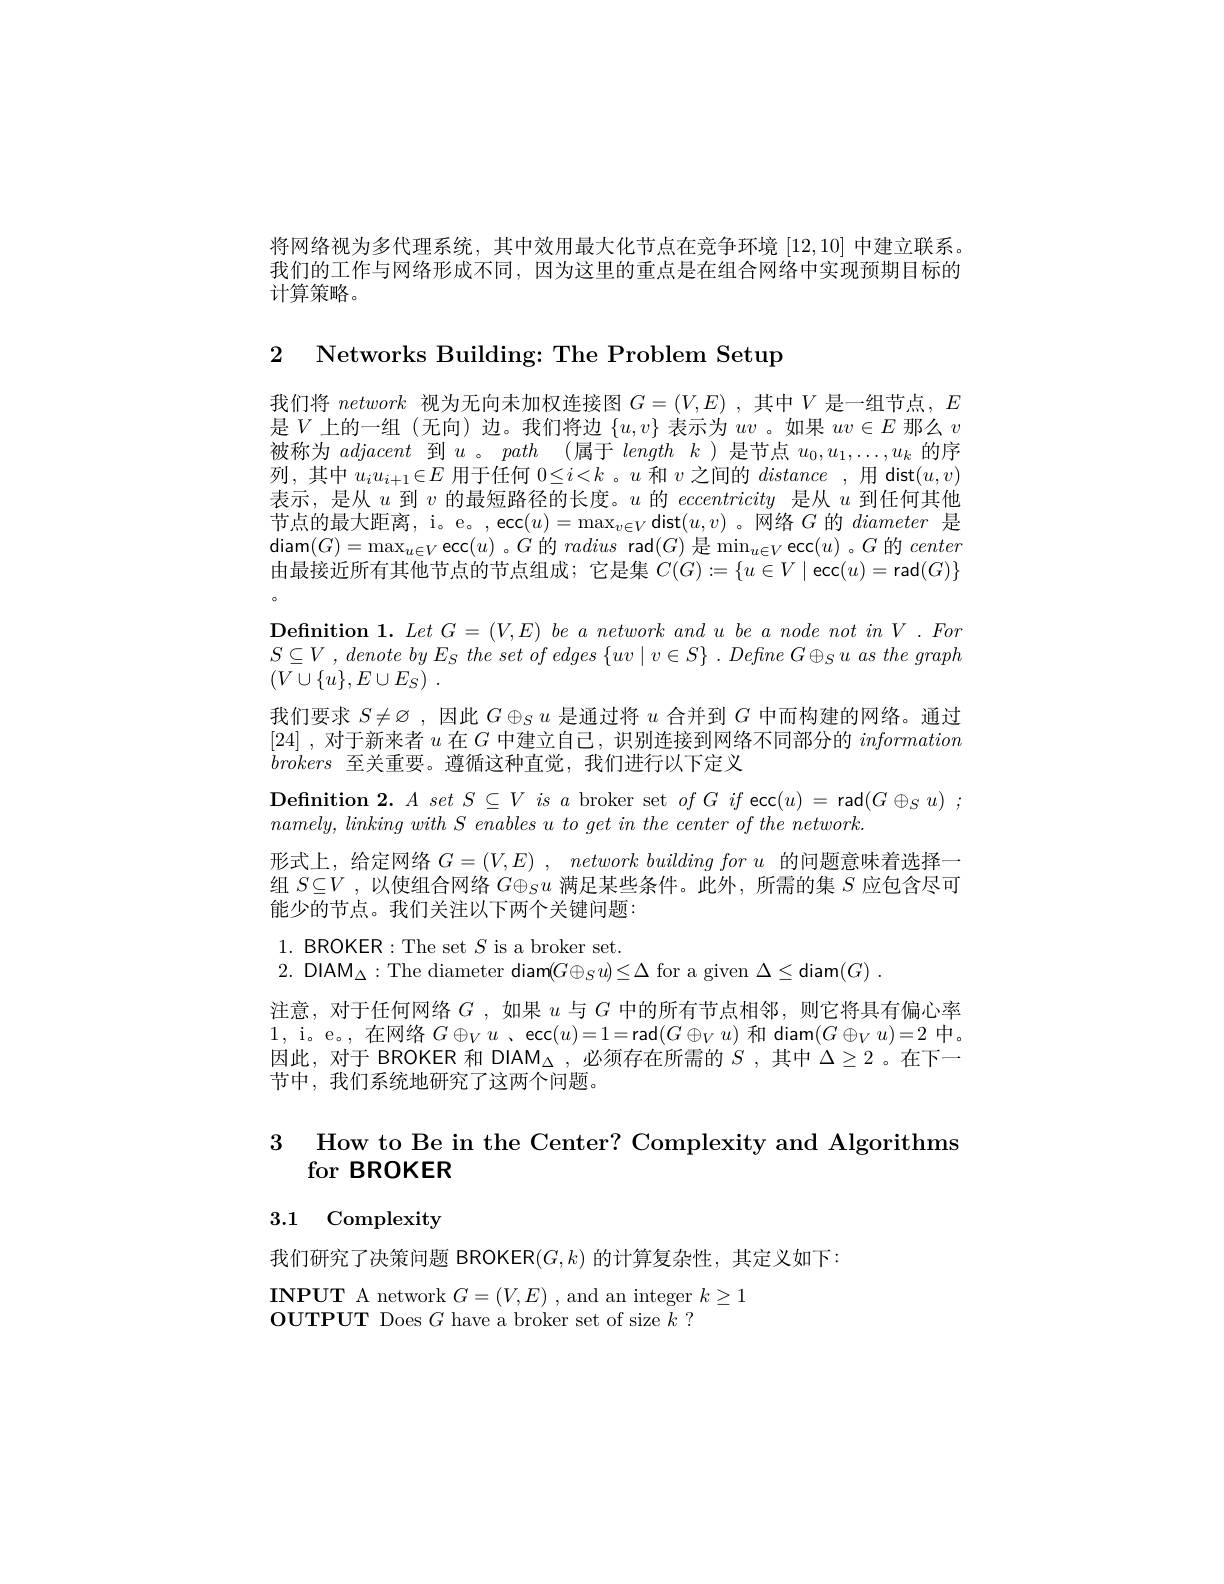
将网络视为多代理系统，其中效用最大化节点在竞争环境[12,10]中建立联系。我们的工作与网络形成不同，因为这里的重点是在组合网络中实现预期目标的计算策略。

2 Networks Building: The Problem Setup

我们将network视为无向未加权连接图$G=(V,E)$ ,其中$V$是一组节点，$E$ 是$V$上的一组(无向) 边。我们将边$\{u,v\}$表示为$uv$ 。如果$uv\in E$那么$v$ 被称为adjacent到$u$ 。path (属于length $k$ )是节点$u_0,u_1,\ldots,u_k$的序列，其中$u_iu_{i+1}\in E$用于任何$0\leq i<k$ 。$u$和$v$之间的distance ,用 dist$(u,v)$ 表示，是从$u$到$v$的最短路径的长度。$u$的eccentricity是从$u$到任何其他节点的最大距离，i。e。, ec$(u)=\max_v\in V$ dist$(u,v)$ 。网络$G$的diameter是$\operatorname{diam}(G)=\max_{u\in V}\operatorname{ecc}(u)$。$G$的radius rad$(G)$是$\min_u\in V\operatorname{ecc}(u)$ 。$G$的center 由最接近所有其他节点的节点组成；它是集$C(G):=\{u\in V\mid$ecc$(u)=$rad$(G)\}$ $\begin{array}{l}{\textbf{Definition 1. }Let~G=(V,E)~be~a~network~and~u~be~a~node~not~in~V~.~Fon}\\{S\subseteq V~,~denote~by~E_{S}~the~set~of~edges~\{uv\mid v\in S\}~.~Define~G\oplus_{S}u~as~the~graph}\end{array}$ $( V\cup \{ u\} , E\cup E_S)$ .
我们要求$S\neq\varnothing$ ,因此$G\oplus_Su$是通过将$u$合并到$G$中而构建的网络。通过[24] , 对于新来者$u$在$G$中建立自己，识别连接到网络不同部分的information brokers至关重要。遵循这种直觉，我们进行以下定义
$\begin{array}{l}{\textbf{Definition 2.}A~set~S\subseteq V~is~a~\text{broker set}~of~G~if~\mathrm{ecc}(u)~=~\mathrm{rad}(G\oplus_{S}u)~;}\\{namely,~linking~with~S~enables~u~to~get~in~the~center~of~the~network.}\end{array}$ 形式上，给定网络$G= ( V, E)$ , network building for $u$的问题意味着选择一组$S\subseteq V$ ,以使组合网络$G\oplus_Su$满足某些条件。此外，所需的集$S$应包含尽可能少的节点。我们关注以下两个关键问题： 1. BROKER: The set $S$ is a broker set. 2. DIAM$_\Delta:$The diameter diam$(G\oplus_Su)\leq\Delta$ for a given $\Delta\leq$diam$(G)$
注意，对于任何网络$G$ ,如果$u$与$G$中的所有节点相邻，则它将具有偏心率$\begin{array}{l}{\mathrm{1,~i。e。,~在网络~}G\oplus_Vu~,~ecc(u)=1=rad(G\oplus_Vu)~和~diam}(G\oplus_Vu)=2\text{ 中。}\\{\text{因此，对于 BROKER 和 DIAM}_\Delta~,~必须存在所需的~S~,~其中~\Delta\geq2~。在下一}\end{array}$ 节中，我们系统地研究了这两个问题。

3 How to Be in the Center? Complexity and Algorithms
for BROKER

# 3.1 Complexity

我们研究了决策问题 BROKER$(G,k)$的计算复杂性，其定义如下：

$\begin{array}{l}{\mathbf{INPUTA~network~}G=(V,E)~,~\mathrm{and~an~integer~}k\geq1}\\{\mathbf{OUTPUT~Does~}G~\mathrm{have~a~broker~set~of~size~}k~?}\end{array}$